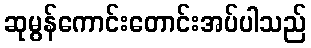
ဆုမွန်ကောင်းတောင်းအပ်ပါသည်